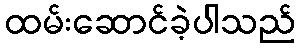
ထမ်းဆောင်ခဲ့ပါသည်